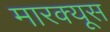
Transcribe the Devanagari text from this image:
मारक्यूस